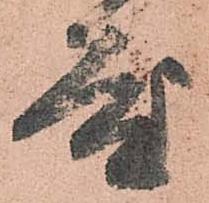
度